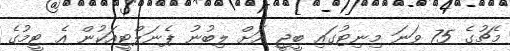
މެޗުގެ 75 ވަނަ މިނިޓުގައި ބީޖީ އަށް ލިބުނު ޕެނަލްޓީއަކުން އެ ޓީމުގެ